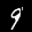
Label: 9